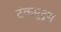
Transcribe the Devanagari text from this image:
टंकमुद्रण